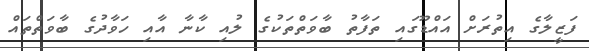
ފަޒީލާގެ އިތުރަށް އައްޑޫގައި ތަފާތު ބާވަތްތަކުގެ ލުއި ކާނާ އާއި ހަވާދުގެ ބާވަތްތައް